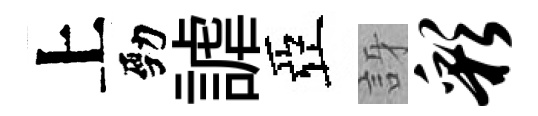
上勁謔亞訝彩